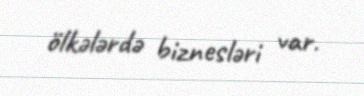
ölkələrdə biznesləri var.